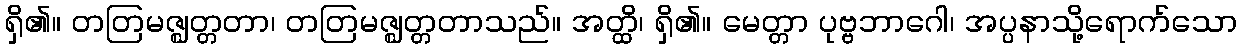
ရှိ၏။ တတြမဇ္ဈတ္တတာ၊ တတြမဇ္ဈတ္တတာသည်။ အတ္ထိ၊ ရှိ၏။ မေတ္တာ ပုဗ္ဗဘာဂေါ၊ အပ္ပနာသို့ရောက်သော